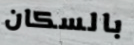
بالسكان